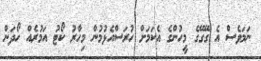
ނަމަވެސް އެ ގޭގޭގެ މީހުންގެ އެކަމަށް ހުރަސްއެޅުމުން މިހާރު ކޯޓު އަމުރެއް ހޯދަން